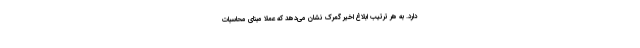
دارد. به هر ترتیب ابلاغ اخیر گمرک نشان می‌دهد که عملا مبنای محاسبات